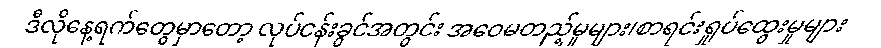
ဒီလိုနေ့ရက်တွေမှာတော့ လုပ်ငန်းခွင်အတွင်း အဝေမတည့်မှုများ၊စာရင်းရှုပ်ထွေးမှုများ